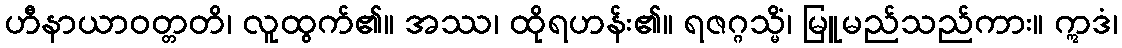
ဟီနာယာဝတ္တတိ၊ လူထွက်၏။ အဿ၊ ထိုရဟန်း၏။ ရဇဂ္ဂသ္မိံ၊ မြူမည်သည်ကား။ ဣဒံ၊